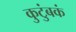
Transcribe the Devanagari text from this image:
कुटुंबकं